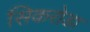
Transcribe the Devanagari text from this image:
सिकरोडा